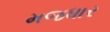
મજધાર